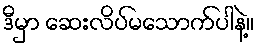
ဒီမှာ ဆေးလိပ်မသောက်ပါနဲ့။